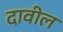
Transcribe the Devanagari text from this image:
दावील